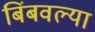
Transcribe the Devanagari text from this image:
बिंबवल्या